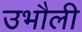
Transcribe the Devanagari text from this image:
उभौली